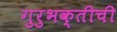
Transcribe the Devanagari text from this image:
गुरुभक्तीची